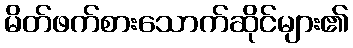
မိတ်ဖက်စားသောက်ဆိုင်များ၏